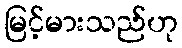
မြင့်မားသည်ဟု